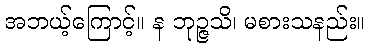
အဘယ့်ကြောင့်။ န ဘုဉ္ဇသိ၊ မစားသနည်း။